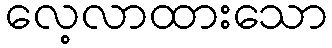
လေ့လာထားသော